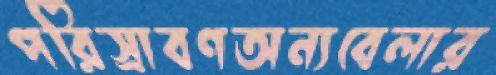
পরিস্রাবণঅন্যবেলার